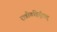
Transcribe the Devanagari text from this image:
रात्रौवह्रिर्दूरात्